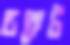
ডকেট